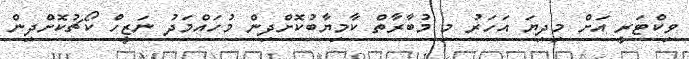
ވިކްޓަރީ އަށް މިދިޔަ އަހަރު މި މުބާރާތް ކާމިޔާބުކޮށްދިން މުހައްމަދު ނަޒީހް ކޯޗުކޮށްދިން